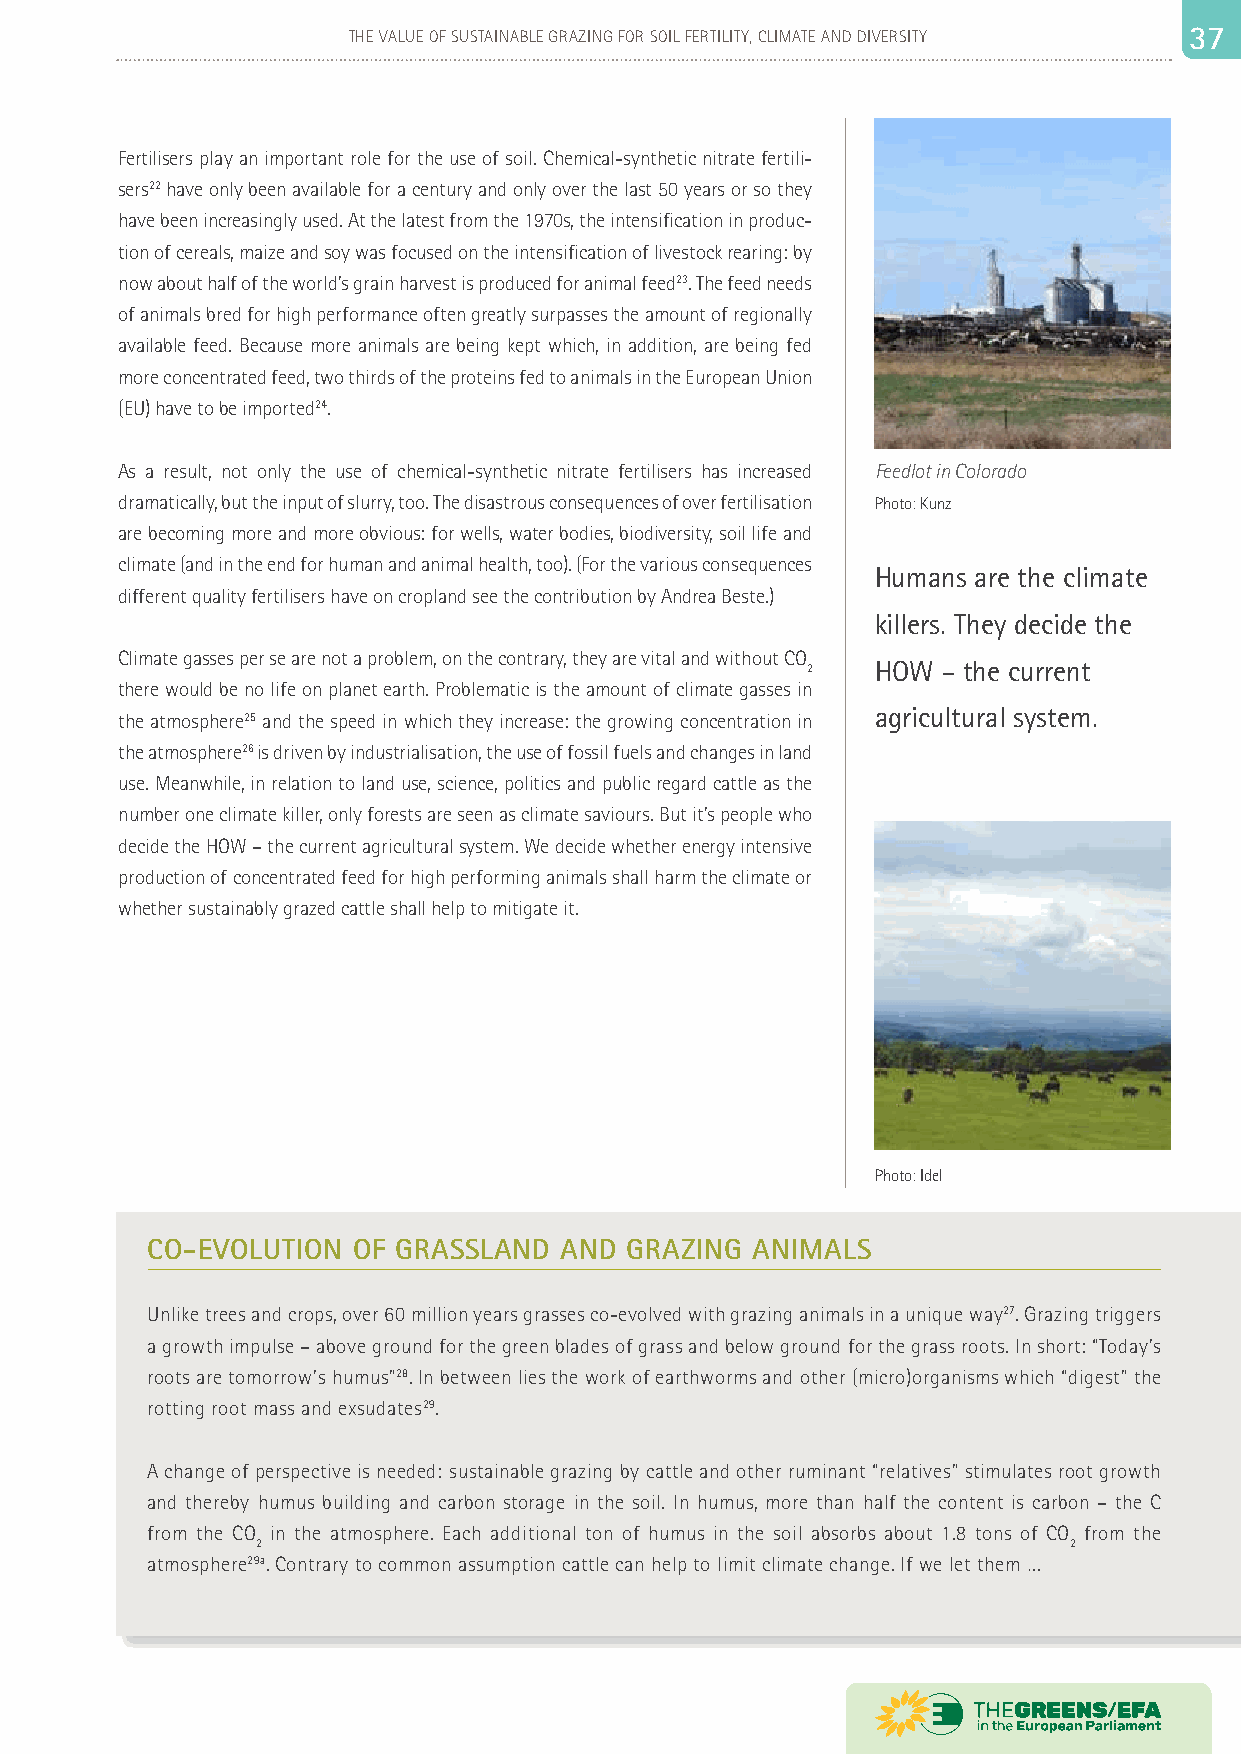
36                     THE VALUE OF SUSTAINABLE GRAZING FOR SOIL FERTILITY, CLIMATE AND DIVERSITY 33 77
 Fertilisers play an important role for the use of soil. Chemical-synthetic nitrate fertili-
 sers22 have only been available for a century and only over the last 50 years or so they
 have been increasingly used. At the latest from the 1970s, the intensification in produc-
 tion of cereals, maize and soy was focused on the intensification of livestock rearing: by
 now about half of the world’s grain harvest is produced for animal feed23. The feed needs
 of animals bred for high performance often greatly surpasses the amount of regionally
 available feed. Because more animals are being kept which, in addition, are being fed
 more concentrated feed, two thirds of the proteins fed to animals in the European Union
 (EU) have to be imported24.
 As a result, not only the use of chemical-synthetic nitrate fertilisers has increased Feedlot in Colorado
 dramatically, but the input of slurry, too. The disastrous consequences of over fertilisation Photo: Kunz
 are becoming more and more obvious: for wells, water bodies, biodiversity, soil life and
 climate (and in the end for human and animal health, too). (For the various consequences
 Humans are the climate
 different quality fertilisers have on cropland see the contribution by Andrea Beste.)
 killers. They decide the
 Climate gasses per se are not a problem, on the contrary, they are vital and without CO
 2    HOW – the current
 there would be no life on planet earth. Problematic is the amount of climate gasses in
 the atmosphere25 and the speed in which they increase: the growing concentration in agricultural system.
 the atmosphere26 is driven by industrialisation, the use of fossil fuels and changes in land
 use. Meanwhile, in relation to land use, science, politics and public regard cattle as the
 number one climate killer, only forests are seen as climate saviours. But it’s people who
 decide the HOW – the current agricultural system. We decide whether energy intensive
 production of concentrated feed for high performing animals shall harm the climate or
 whether sustainably grazed cattle shall help to mitigate it.
 Photo: Idel
 CO-EVOLUTION OF GRASSLAND  AND GRAZING  ANIMALS
 Unlike trees and crops, over 60 million years grasses co-evolved with grazing animals in a unique way27. Grazing triggers
 a growth impulse – above ground for the green blades of grass and below ground for the grass roots. In short: “Today’s
 roots are tomorrow’s humus”28. In between lies the work of earthworms and other (micro)organisms which “digest” the
 rotting root mass and exsudates29.
 A change of perspective is needed: sustainable grazing by cattle and other ruminant “relatives” stimulates root growth
 and thereby humus building and carbon storage in the soil. In humus, more than half the content is carbon – the C
 from the CO in the atmosphere. Each additional ton of humus in the soil absorbs about 1.8 tons of CO from the
 2                                                     2
 atmosphere29a. Contrary to common assumption cattle can help to limit climate change. If we let them …